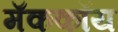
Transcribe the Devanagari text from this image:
मॅककॉय